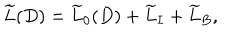
LaTeX: \widetilde { L } ( D ) = \widetilde { L } _ { 0 } ( D ) + \widetilde { L } _ { I } + \widetilde { L } _ { B } ,